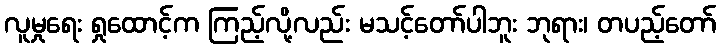
လူမှုရေး ရှုထောင့်က ကြည့်လို့လည်း မသင့်တော်ပါဘူး ဘုရား၊ တပည့်တော်